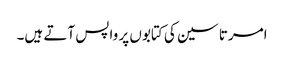
امرتا سین کی کتابوں پر واپس آتے ہیں۔